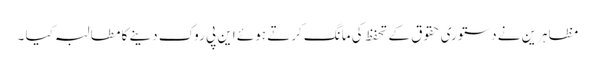
مظاہرین نے دستوری حقوق کے تحفظ کی مانگ کرتے ہوئے این پی روک دینے کا مطالبہ کیا ۔